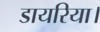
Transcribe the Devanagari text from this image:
डायरिया।